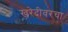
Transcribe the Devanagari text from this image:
खरेदीवरचा